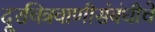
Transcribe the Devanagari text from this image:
दूरचित्रवाणीसंबंधीचे